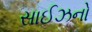
સાઈઝનો